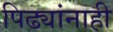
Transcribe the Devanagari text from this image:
पिढ्यांनाही